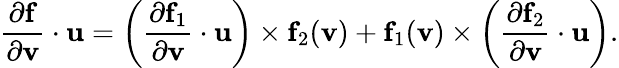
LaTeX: {\frac{\partial\mathbf{f}}{\partial\mathbf{v}}}\cdot\mathbf{u}=\left({\frac{\partial\mathbf{f}_{1}}{\partial\mathbf{v}}}\cdot\mathbf{u}\right)\times\mathbf{f}_{2}(\mathbf{v})+\mathbf{f}_{1}(\mathbf{v})\times\left({\frac{\partial\mathbf{f}_{2}}{\partial\mathbf{v}}}\cdot\mathbf{u}\right).